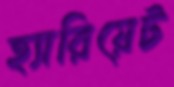
হ্যারিয়েট